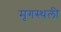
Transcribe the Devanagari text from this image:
मृगस्थली